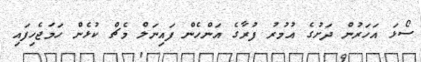
ސޯޅަ އަހަރުން ދަށުގެ އުމުރު ފުރާގެ އަންހެން ފައިނަލް މެޗް ކުޅެން ހަމަޖެހިފައި